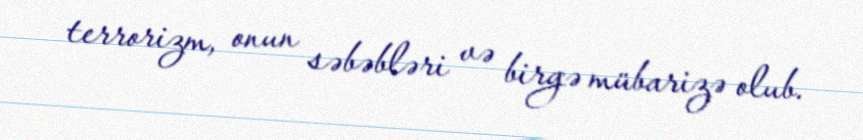
terrorizm, onun səbəbləri və birgə mübarizə olub.